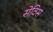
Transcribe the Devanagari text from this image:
सेविस